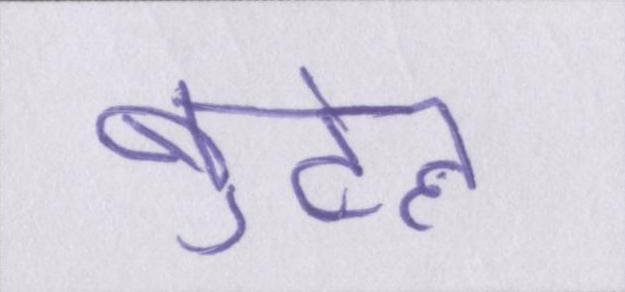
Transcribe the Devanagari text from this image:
बुटेल